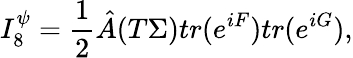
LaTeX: I_{8}^{\psi}={\frac{1}{2}}{\hat{A}}(T\Sigma)tr(e^{iF})tr(e^{iG}),